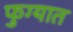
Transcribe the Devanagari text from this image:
फुग्यात